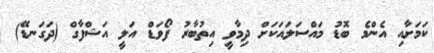
ކަމަށާއި އެންމެ ބޮޑު މައްސަލައަކަށް ދިމާވީ އިތުބާރު ފޯވަޑް އަލީ އަޝްފާގް (ދަގަނޑޭ)